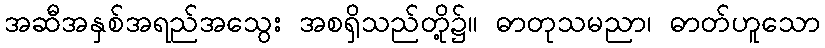
အဆီအနှစ်အရည်အသွေး အစရှိသည်တို့၌။ ဓာတုသမညာ၊ ဓာတ်ဟူသော